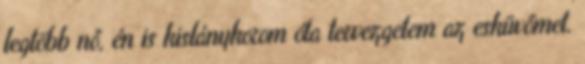
legtöbb nő, én is kislánykorom óta tervezgetem az esküvőmet.